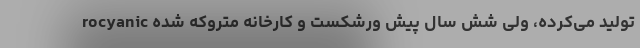
rocyanic تولید می‌کرده، ولی شش سال پیش ورشکست و کارخانه متروکه شده